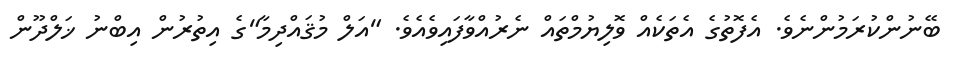
ބޭނުންކުރަމުންނެވެ. އެފޮތުގެ އެތަކެއް ވޮލިޔުމްތައް ނެރުއްވާފައިވެއެވެ. "އަލް މުޤައްދިމާ"ގެ އިތުރުން އިބްނު ޚަލްދޫން